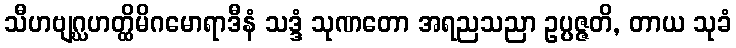
သီဟဗျဂ္ဃဟတ္ထိမိဂမောရာဒီနံ သဒ္ဒံ သုဏတော အရညသညာ ဥပ္ပဇ္ဇတိ, တာယ သုခံ